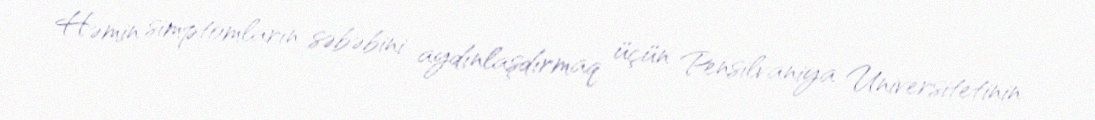
Həmin simptomların səbəbini aydınlaşdırmaq üçün Pensilvaniya Universitetinin